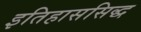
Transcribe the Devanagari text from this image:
इतिहाससिद्ध